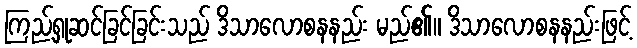
ကြည့်ရှုဆင်ခြင်ခြင်းသည် ဒိသာလောစနနည်း မည်၏။ ဒိသာလောစနနည်းဖြင့်